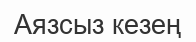
Аязсыз кезең